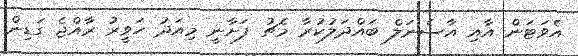
އެވަޓަން އާއި އާސެނަލް ބައްދަލުކުރާ މެޗު ފަށާނީ މިއަދު ހަވީރު ރާއްޖެ ގަޑިން